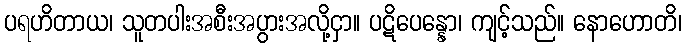
ပရဟိတာယ၊ သူတပါးအစီးအပွားအလို့ငှာ။ ပဋိပေန္နော၊ ကျင့်သည်။ နောဟောတိ၊